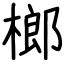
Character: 榔